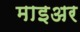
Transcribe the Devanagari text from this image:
माइअर